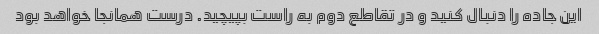
این جاده را دنبال کنید و در تقاطع دوم به راست بپیچید. درست همانجا خواهد بود